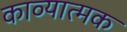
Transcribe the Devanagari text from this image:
काव्‍यात्‍मक